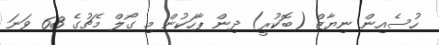
ހުސެއިން ނިޔާޒް (ބޮކުރީ) ދިން ޕާހަކުން މި ގޯލް މެޗުގެ 63 ވަނަ